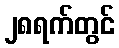
၂၈ရက်တွင်